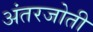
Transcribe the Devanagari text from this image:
अंतरजोती